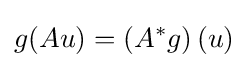
g(Au)=\left(A^{*}g\right)(u)